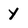
Character: y